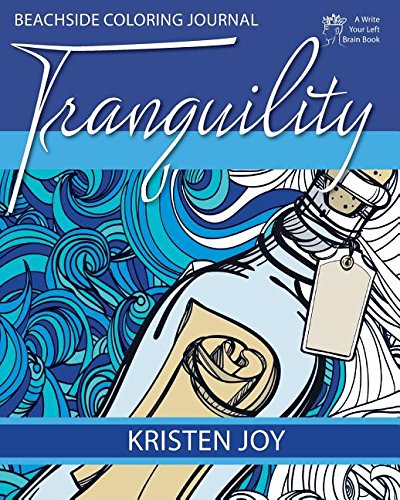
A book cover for Tranquility: Beachside Coloring Journal; Kristen Joy; Self-Help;